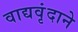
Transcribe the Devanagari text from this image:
वाद्यवृंदाने